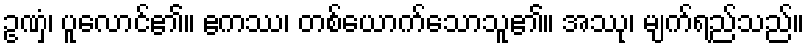
ဥဏှံ၊ ပူလောင်၏။ ဧကဿ၊ တစ်ယောက်သောသူ၏။ အဿု၊ မျက်ရည်သည်။